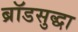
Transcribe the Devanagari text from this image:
ब्रॉडसुद्धा